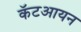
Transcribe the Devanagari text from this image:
कॅटआयन